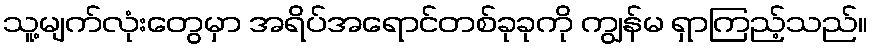
သူ့မျက်လုံးတွေမှာ အရိပ်အရောင်တစ်ခုခုကို ကျွန်မ ရှာကြည့်သည်။